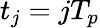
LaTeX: t_{j}=jT_{p}